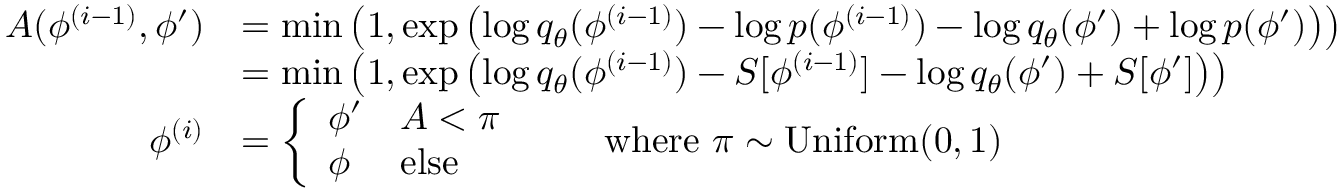
\begin{array} { r l } { A ( \phi ^ { ( i - 1 ) } , \phi ^ { \prime } ) } & { = \operatorname* { m i n } \left( 1 , \exp \left( \log q _ { \theta } ( \phi ^ { ( i - 1 ) } ) - \log p ( \phi ^ { ( i - 1 ) } ) - \log q _ { \theta } ( \phi ^ { \prime } ) + \log p ( \phi ^ { \prime } ) \right) \right) } \\ & { = \operatorname* { m i n } \left( 1 , \exp \left( \log q _ { \theta } ( \phi ^ { ( i - 1 ) } ) - S [ \phi ^ { ( i - 1 ) } ] - \log q _ { \theta } ( \phi ^ { \prime } ) + S [ \phi ^ { \prime } ] \right) \right) } \\ { \phi ^ { ( i ) } } & { = \left\{ \begin{array} { l l } { \phi ^ { \prime } } & { A < \pi } \\ { \phi } & { \mathrm { e l s e } } \end{array} \right. \qquad \mathrm { w h e r e ~ } \pi \sim \mathrm { U n i f o r m } ( 0 , 1 ) } \end{array}